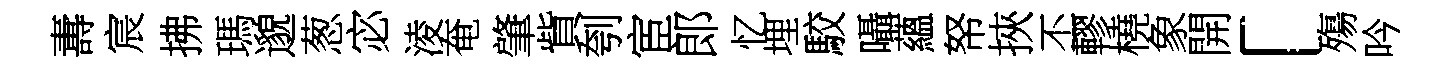
夀宸拂瑪邈葱宓淩奄肇貲刳宦郎忆埋駮囁蘊帑挾丕轇橈象開「殤吟